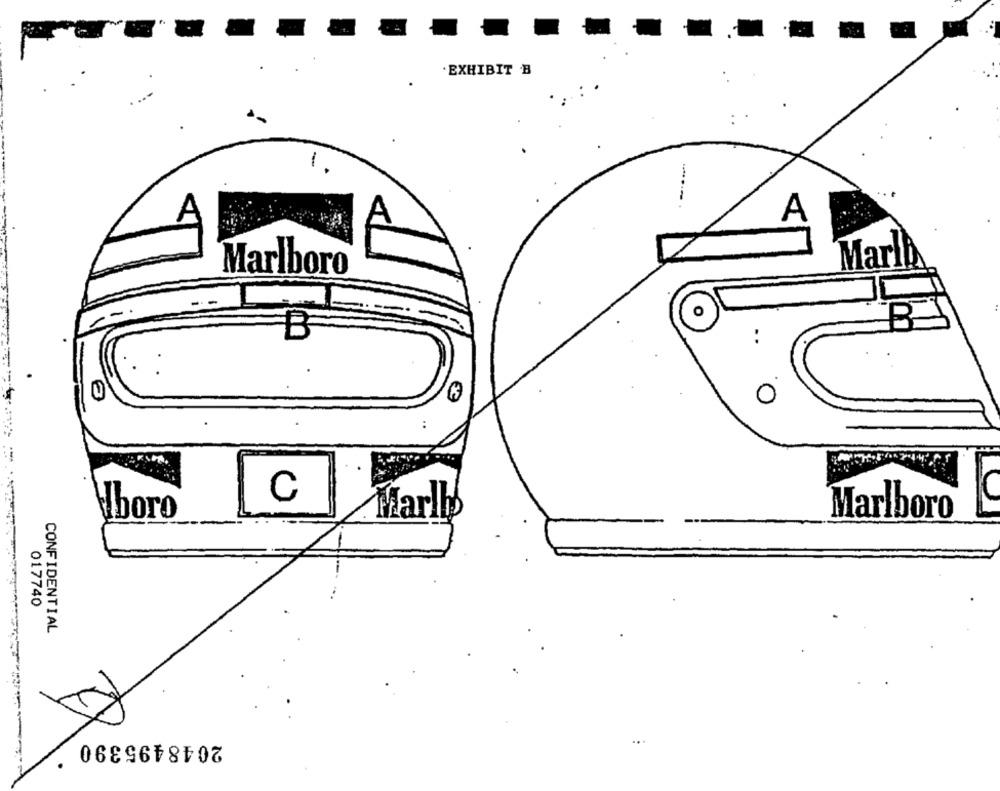
. EXHIBIT B
-
A
Marlboro
Marl
B
..
0
C
boro
Marlb
Marlboro
017740
CONFIDENTIAL
2048495390 *